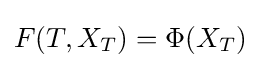
F(T,X_{T})=\Phi (X_{T})